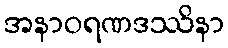
အနာဝရဏဒဿိနာ